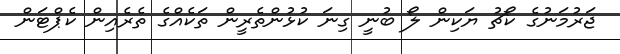
ޖަރުމަނުގެ ކޯޗު ޔަކިން ލޯ ބުނީ ގިނަ ކުޅުންތެރީން ތަކެއްގެ ތެރެއިން ކެޕްޓަން